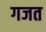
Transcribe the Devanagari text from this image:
गजत